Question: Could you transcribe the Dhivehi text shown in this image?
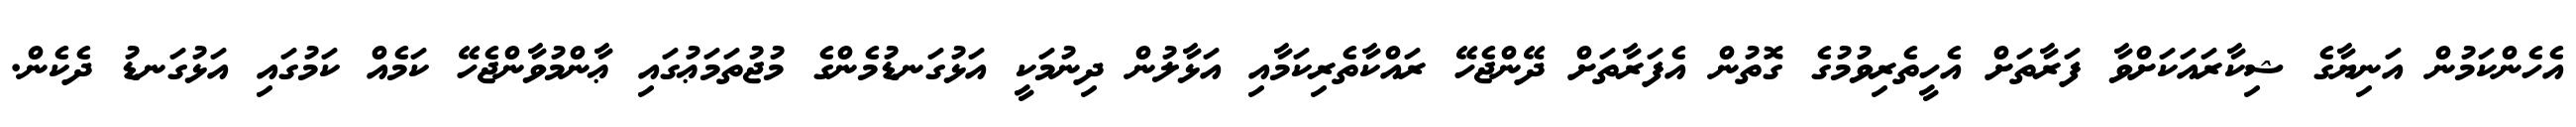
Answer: އެހެންކަމުން އަނިޔާގެ ޝިކާރައަކަށްވާ ފަރާތަށް އެހީތެރިވުމުގެ ގޮތުން އެފަރާތަށް ދޭންޖެހޭ ރައްކާތެރިކަމާއި އަޅާލުން ދިނުމަކީ އަޅުގަނޑުމެންގެ މުޖުތަމަޢުގައި ޢާންމުވާންޖެހޭ ކަމެއް ކަމުގައި އަޅުގަނޑު ދެކެން.